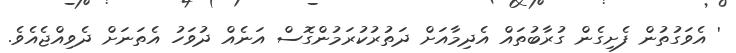
' އެވަގުތުން ފެށިގެން ގުރާބުތައް އެދިމާއަށް ދަތުރުކުރަމުންގޮސް އަނެއް ދުވަހު އެތަނަށް ދެވިއްޖެއެވެ.